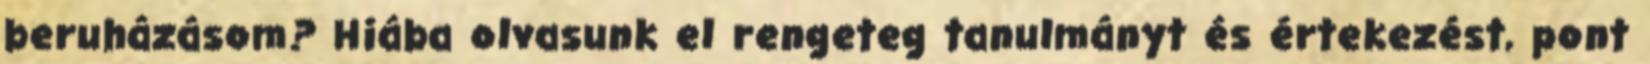
beruházásom? Hiába olvasunk el rengeteg tanulmányt és értekezést, pont